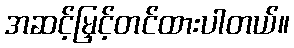
အဆင့်မြှင့်တင်ထားပါတယ်။